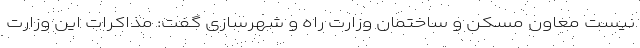
نیست معاون مسکن و ساختمان وزارت راه و شهرسازی گفت: مذاکرات این وزارت